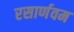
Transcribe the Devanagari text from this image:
रसार्णवम